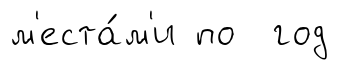
м'еста́м'и по год